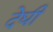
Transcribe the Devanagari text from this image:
देघी